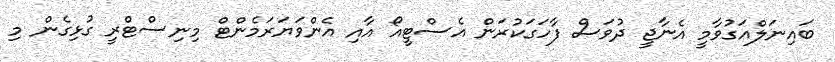
ބައިނަލްއަގުވާމީ އެނާޖީ ދުވަސް ފާހަގަކުރަން އެސްޓީއޯ އާއި އެންވަޔަރަމެންޓް މިނިސްޓްރީ ގުޅިގެން މި